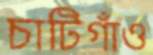
চাটিগাঁও